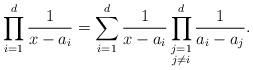
LaTeX: \begin{align*}\prod_{i=1}^d \frac{1}{x-a_i}= \sum_{i=1}^d \frac{1}{x-a_i}\prod^d_{\substack{ j=1\\ j\neq i}} \frac{1}{a_i-a_j}.\end{align*}